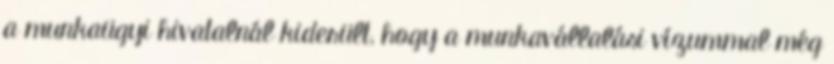
a munkaügyi hivatalnál kiderült, hogy a munkavállalási vízummal még